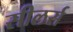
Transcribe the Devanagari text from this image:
सीलर्स